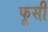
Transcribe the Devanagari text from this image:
फूसी